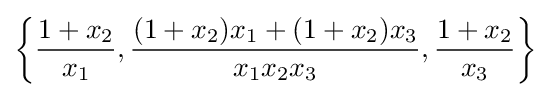
\left\{{\frac {1+x_{2}}{x_{1}}},{\frac {(1+x_{2})x_{1}+(1+x_{2})x_{3}}{x_{1}x_{2}x_{3}}},{\frac {1+x_{2}}{x_{3}}}\right\}